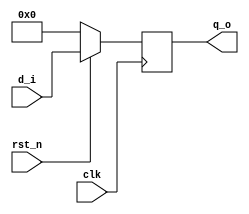
//-------------------------------------
// Design Name  : D_FF
// Function     : Synchronous D Flip-Flop
// Coder        : Hoyong Jin
//-------------------------------------

module D_FF #(
  parameter   BITWIDTH  = 4
) (
  input   wire  [BITWIDTH - 1:0]  d_i,
  input   wire                    clk,
  input   wire                    rst_n,

  output  reg   [BITWIDTH - 1:0]  q_o
);
// synopsys template

  always @(posedge clk) begin
    if (~rst_n) begin
      q_o   <= 'd0;
    end
    else begin
      q_o   <= d_i;
    end
  end
endmodule